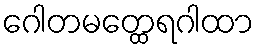
ဂေါတမတ္ထေရဂါထာ